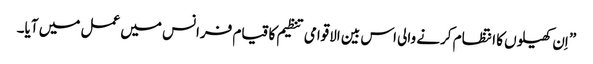
” اِن کھیلوں کا انتظام کرنے والی اس بین الاقوامی تنظیم کا قیام فرانس میں عمل میں آیا۔